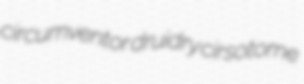
circumventor druidry cirsotome